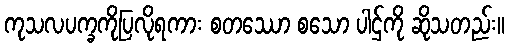
ကုသလပက္ခကိုပြလိုရကား စတဿော စသော ပါဌ်ကို ဆိုသတည်း။